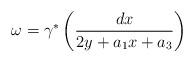
LaTeX: \begin{align*}\omega=\gamma^{*}\left( \frac{dx}{2y + a_1x + a_3} \right)\end{align*}